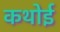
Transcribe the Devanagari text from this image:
कथोई